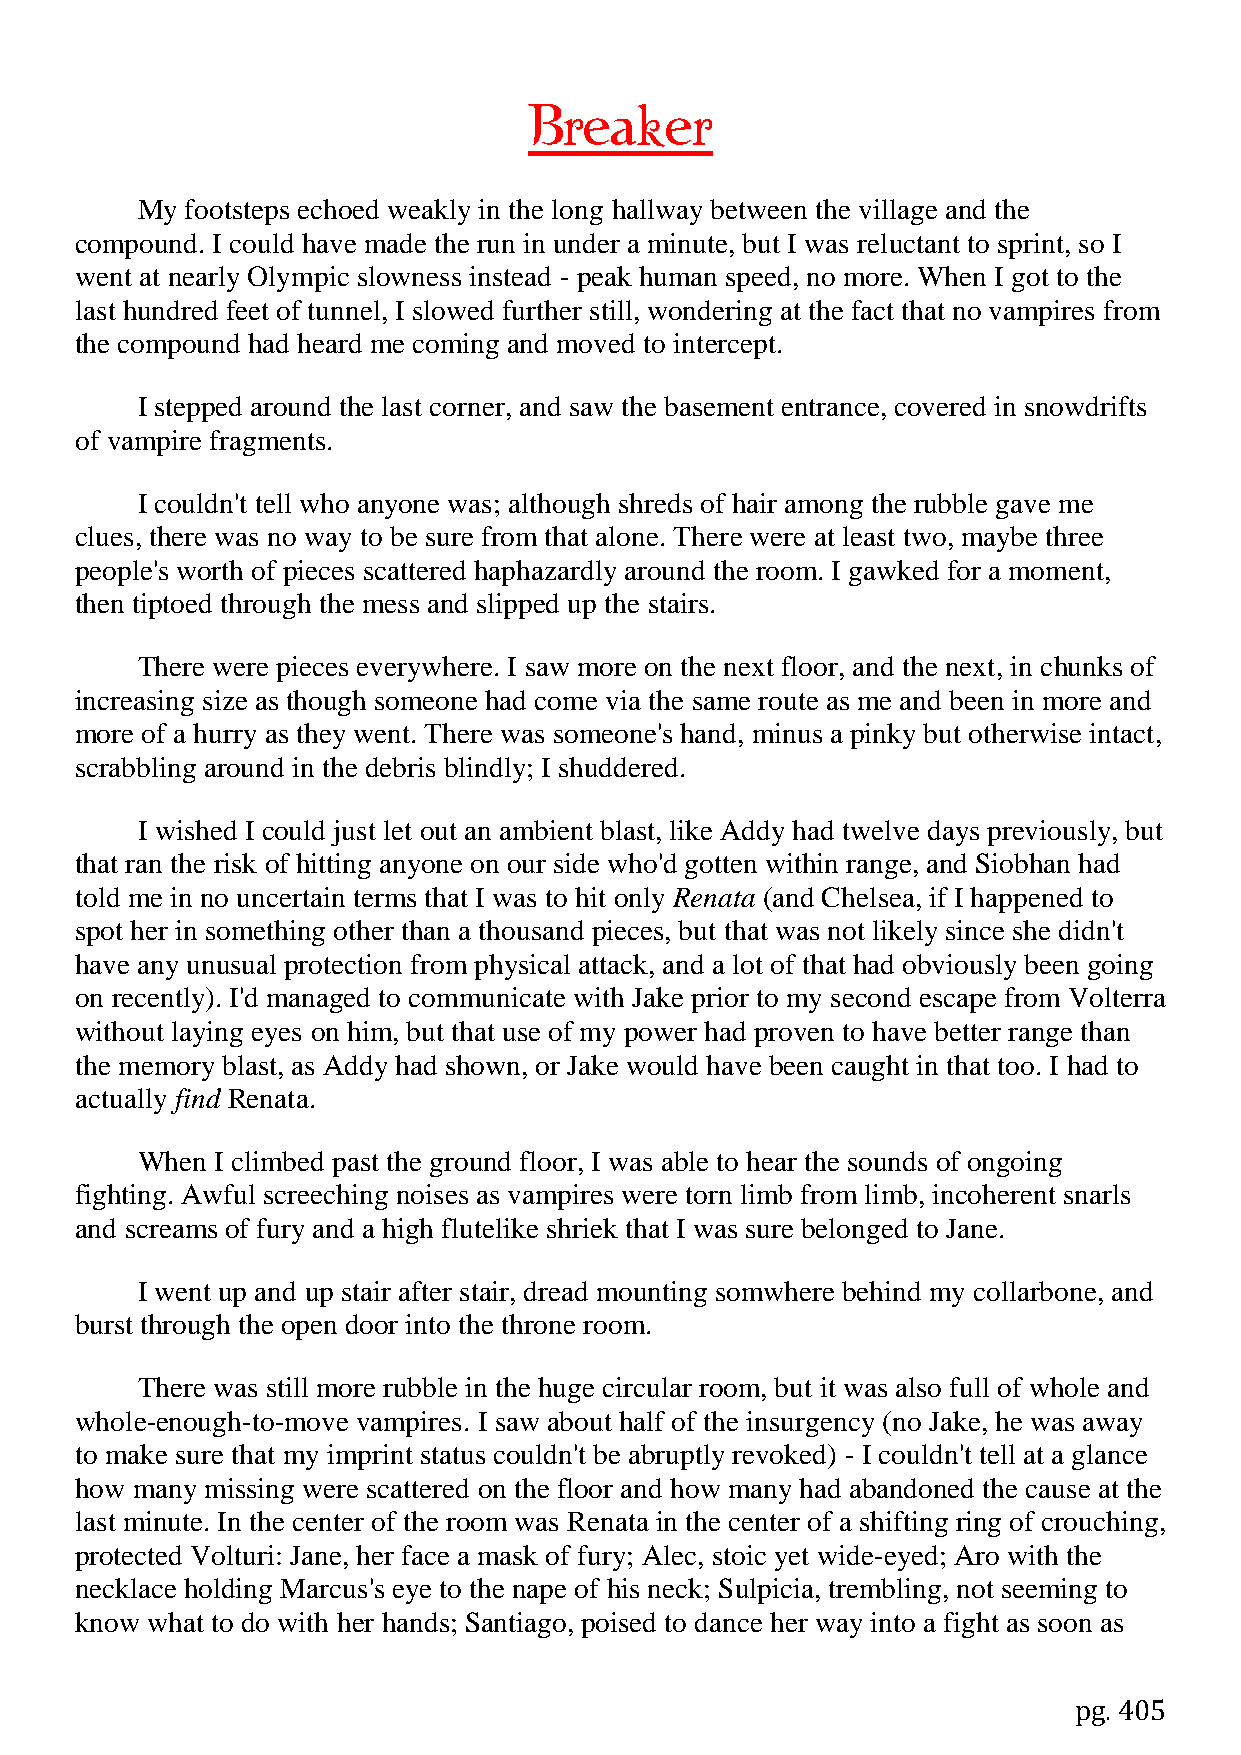
Breaker
 My footsteps echoed weakly in the long hallway between the village and the
 compound. I could have made the run in under a minute, but I was reluctant to sprint, so I
 went at nearly Olympic slowness instead - peak human speed, no more. When I got to the
 last hundred feet of tunnel, I slowed further still, wondering at the fact that no vampires from
 the compound had heard me coming and moved to intercept.
 I stepped around the last corner, and saw the basement entrance, covered in snowdrifts
 of vampire fragments.
 I couldn't tell who anyone was; although shreds of hair among the rubble gave me
 clues, there was no way to be sure from that alone. There were at least two, maybe three
 people's worth of pieces scattered haphazardly around the room. I gawked for a moment,
 then tiptoed through the mess and slipped up the stairs.
 There were pieces everywhere. I saw more on the next floor, and the next, in chunks of
 increasing size as though someone had come via the same route as me and been in more and
 more of a hurry as they went. There was someone's hand, minus a pinky but otherwise intact,
 scrabbling around in the debris blindly; I shuddered.
 I wished I could just let out an ambient blast, like Addy had twelve days previously, but
 that ran the risk of hitting anyone on our side who'd gotten within range, and Siobhan had
 told me in no uncertain terms that I was to hit only Renata (and Chelsea, if I happened to
 spot her in something other than a thousand pieces, but that was not likely since she didn't
 have any unusual protection from physical attack, and a lot of that had obviously been going
 on recently). I'd managed to communicate with Jake prior to my second escape from Volterra
 without laying eyes on him, but that use of my power had proven to have better range than
 the memory blast, as Addy had shown, or Jake would have been caught in that too. I had to
 actually find Renata.
 When I climbed past the ground floor, I was able to hear the sounds of ongoing
 fighting. Awful screeching noises as vampires were torn limb from limb, incoherent snarls
 and screams of fury and a high flutelike shriek that I was sure belonged to Jane.
 I went up and up stair after stair, dread mounting somwhere behind my collarbone, and
 burst through the open door into the throne room.
 There was still more rubble in the huge circular room, but it was also full of whole and
 whole-enough-to-move vampires. I saw about half of the insurgency (no Jake, he was away
 to make sure that my imprint status couldn't be abruptly revoked) - I couldn't tell at a glance
 how many missing were scattered on the floor and how many had abandoned the cause at the
 last minute. In the center of the room was Renata in the center of a shifting ring of crouching,
 protected Volturi: Jane, her face a mask of fury; Alec, stoic yet wide-eyed; Aro with the
 necklace holding Marcus's eye to the nape of his neck; Sulpicia, trembling, not seeming to
 know what to do with her hands; Santiago, poised to dance her way into a fight as soon as
 pg. 405